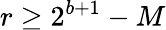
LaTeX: r\geq 2^{b+1}-M